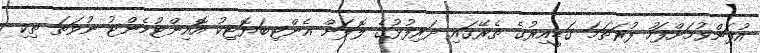
އުފަންވުމަށްފަހު ފުރަތަމަ ގަޑީއިރުގެ ތެރޭގައި ދަރިފުޅުގެ ލޮލަށް އެންޓިބަޔޮޓިކު އޮއިންޓުމެންޓު ނުވަތަ ތިކި